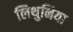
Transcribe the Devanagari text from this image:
लिथुनिया